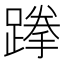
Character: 𨃪